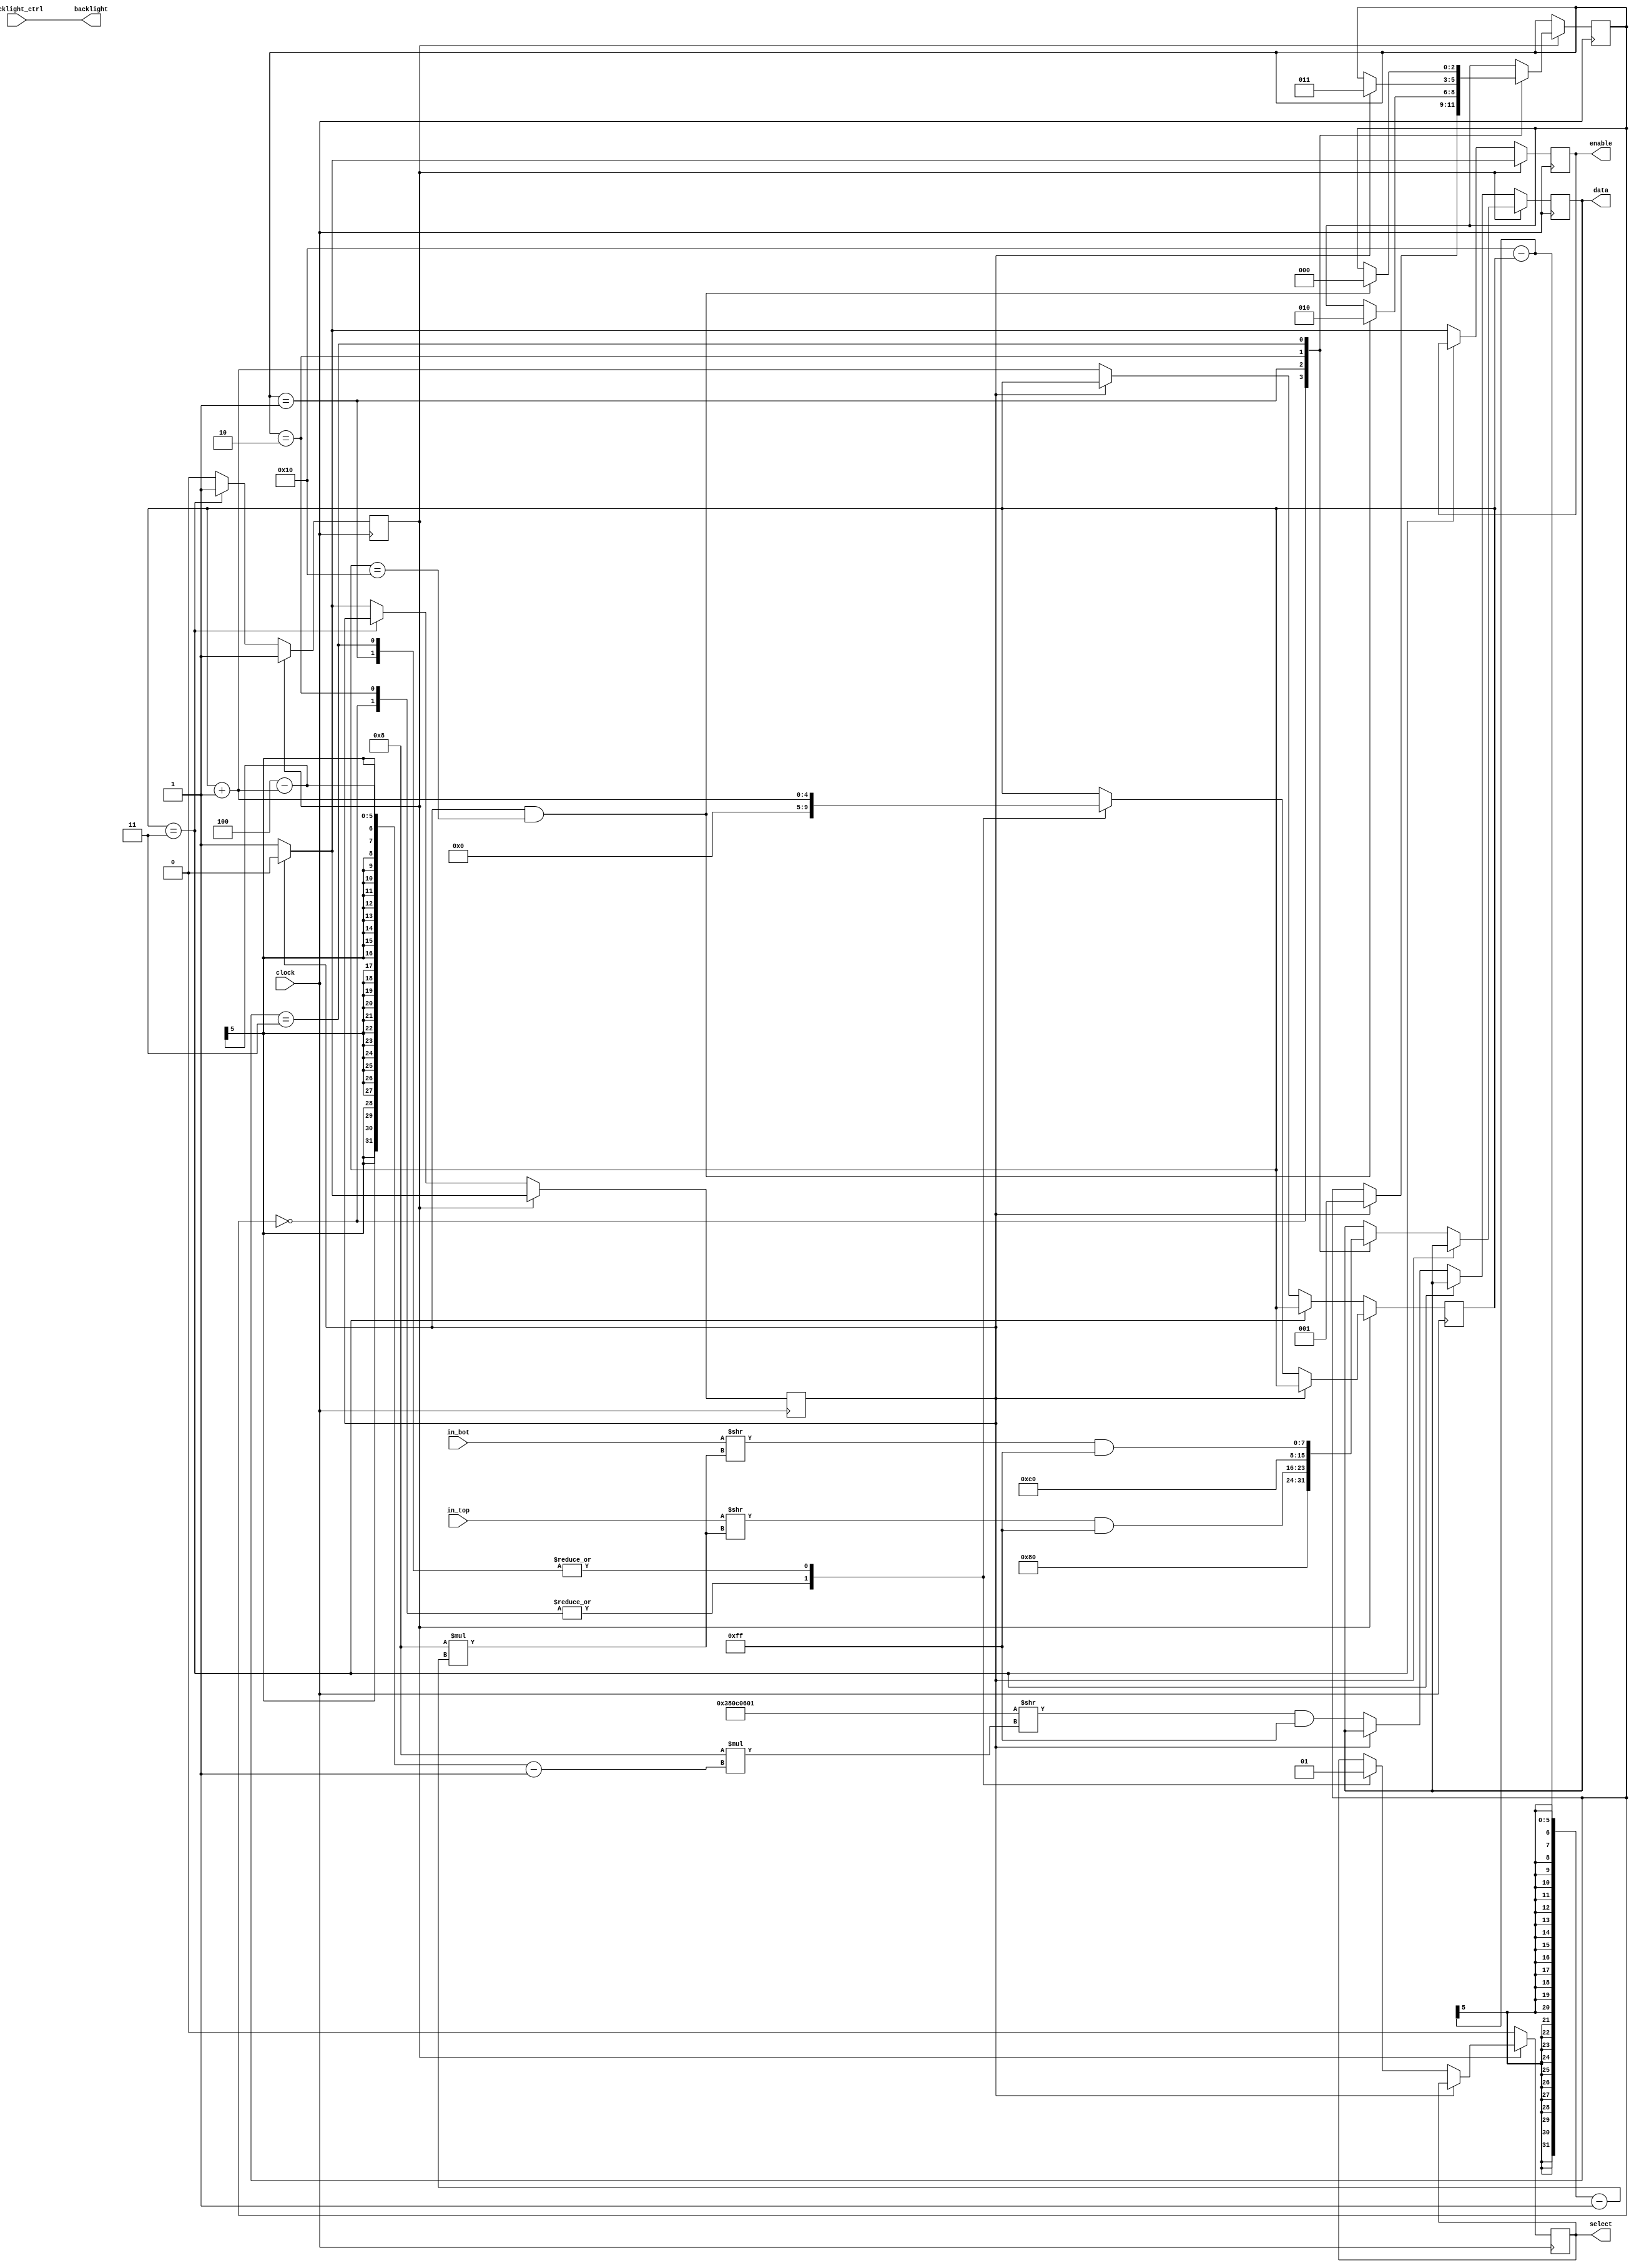
`timescale 1ns / 1ps

//  display_driver module
//  ->automatically initialize the display on power up
//  ->receives data from mux, then sends the data via 8-bit parallel protocol to the display
//  ->HD44780 compatible

module display_driver(
    input clock, backlight_ctrl,
    input [127:0] in_top, in_bot,
    output reg [7:0] data,
    output reg enable, select,
    output backlight
    );
    
    //init the display to 2 lines, 8 bit, 5x8 dot, turn display on without cursor,
    //set cursor move direction to increment without display shift, then clear screen
    reg [31:0] initData = {8'h38,8'h0C,8'h06,8'h01};
    
    reg [7:0] setCursorTop = {8'h80}, setCursorBot = {8'hC0};
    reg [4:0] initSize = 4, dataSize = 16, j = -1;
    reg [2:0] commandstage = 0;
    reg initflag = 0, stage = 0;
    
    //turn on the backlight
    assign backlight = backlight_ctrl;

    //state machine for writing data
    always@(posedge clock)
    begin
        if(initflag)
        begin
            case(commandstage)
                2'b00: if(stage == 1) commandstage <= 2'b01;    //cursor top -> write top
                2'b01: if(stage == 1 && j == dataSize) commandstage <= 2'b10;    //write top -> cursor bot
                2'b10: if(stage == 1) commandstage <= 2'b11;    //cursor bot -> write bot
                2'b11: if(stage == 1 && j == dataSize) commandstage <= 2'b00;    //write bot -> cursor top
            endcase
        end
    end
    
    //output of the state machine
    always@(posedge clock)
    begin
    
        //init display on start up
        if(initflag == 0)
            begin
                select = 0;     //select instruction mode
                
                if(j == initSize - 1) initflag = 1;     //skip init if it had been completed
                else
                begin
                    if(stage == 0)
                    begin
                        j = j + 1;      //move to next byte
                        data = ((initData >> (8*(initSize - j - 1))) & {8{1'b1}});  //select the correct data byte via bit shifting and masking
                        enable = 1;     //tells the controller to standby
                        stage = 1;
                    end
                    
                    else
                    begin
                        enable = 0;     //tells the controller to execute the command
                        stage = 0;
                    end
                end
            end
        
        //writing data
        else
        begin
        
            if(stage == 1)
            begin
                stage = 0;
                enable = 0;     //tells the controller to execute the command
            end
            else                //set the data
            begin
                case(commandstage)
                    2'b00: begin
                        j = 0;
                        select = 0;             //select instruction mode
                        data = setCursorTop;    //set cursor to the start of first line
                    end
                    2'b01: begin
                        select = 1;             //select data mode
                        data = ((in_top >> (8*(dataSize - j - 1))) & {8{1'b1}});    //select the correct data byte via bit shifting and masking
                        j = j + 1;              //move to next byte
                    end
                    2'b10: begin
                        j = 0;
                        select = 0;             //select instruction mode
                        data = setCursorBot;    //set cursor to the start of first line
                    end
                    2'b11: begin
                        select = 1;             //select data mode
                        data = ((in_bot >> (8*(dataSize - j - 1))) & {8{1'b1}});    //select the correct data byte via bit shifting and masking
                        j = j + 1;              //move to next byte
                    end                    
                endcase
                
                stage = 1;
                enable = 1;     //tells the controller to execute the command
            end        
        end
    end
endmodule